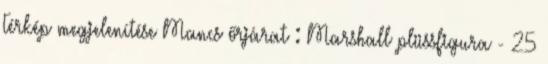
Térkép megjelenítése Mancs őrjárat : Marshall plüssfigura - 25